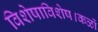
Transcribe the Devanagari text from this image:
विशेषाविशेष।कळों